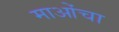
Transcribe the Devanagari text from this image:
माओंचा